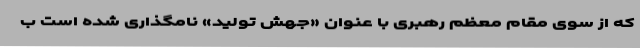
که از سوی مقام معظم رهبری با عنوان «جهش تولید» نامگذاری شده است ب